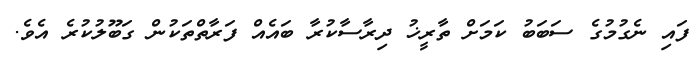
ފައި ނެގުމުގެ ސަބަބު ކަމަށް ތާރީޚު ދިރާސާކުރާ ބައެއް ފަރާތްތަކުން ގަބޫލުކުރެ އެވެ.